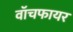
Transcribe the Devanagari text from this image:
वॉचफायर